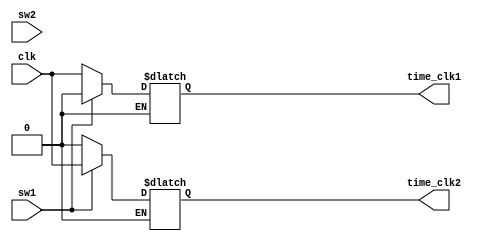
module select_mod_clk (clk ,sw1,sw2, time_clk1 ,time_clk2);

input clk , sw1,sw2;
output reg time_clk1 ,time_clk2;

always@(1)
begin
	if(sw1 ==0)
		begin
			time_clk1 <= clk;
			time_clk2 <=0;
		end
	else if(sw1==1)
		begin
			time_clk1 <= 0;
			time_clk2 <=clk;
		end


end
endmodule